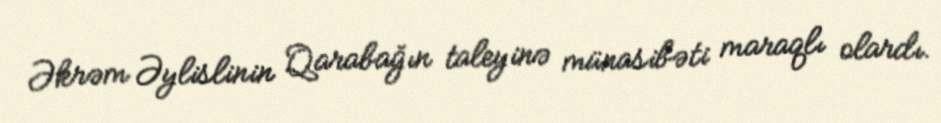
Əkrəm Əylislinin Qarabağın taleyinə münasibəti maraqlı olardı.